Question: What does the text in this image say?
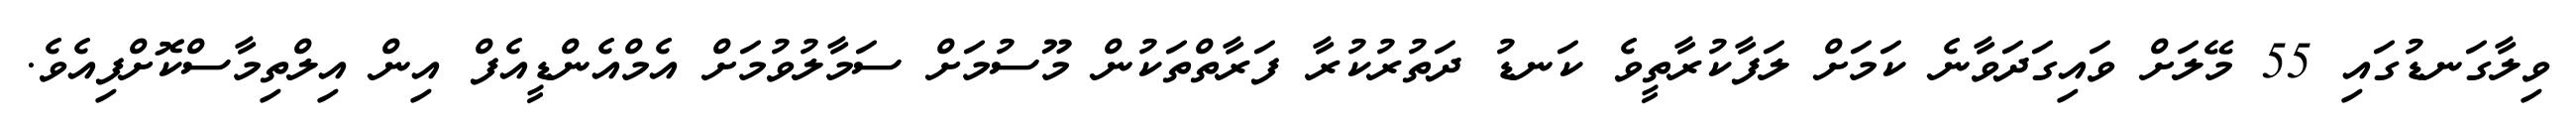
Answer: ވިލާގަނޑުގައި 55 މޭލަށް ވައިގަދަވާނެ ކަމަށް ލަފާކުރާތީވެ ކަނޑު ދަތުރުކުރާ ފަރާތްތަކުން މޫސުމަށް ސަމާލުވުމަށް އެމްއެންޑީއެފް އިން އިލްތިމާސްކޮށްފިއެވެ.